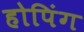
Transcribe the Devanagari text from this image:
होपिंग